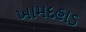
ખામદહાડ